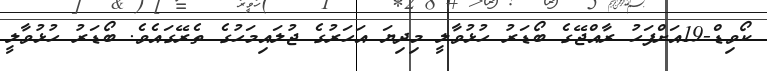
ކޯވިޑް-19އަށްފަހު ރާއްޖޭގެ ބޯޑަރު ހުޅުވާލީ މިދިޔަ އަހަރުގެ ޖުލައިމަހުގެ ތެރޭގައެވެ. ބޯޑަރު ހުޅުވާލީ